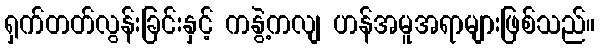
ရှက်တတ်လွန်းခြင်းနှင့် ကနွဲ့ကလျ ဟန်အမူအရာများဖြစ်သည်။